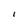
Character: I